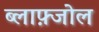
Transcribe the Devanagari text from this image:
ब्लाफ़्जोल